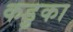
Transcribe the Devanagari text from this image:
कडुका